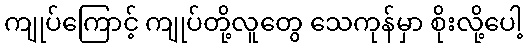
ကျုပ်ကြောင့် ကျုပ်တို့လူတွေ သေကုန်မှာ စိုးလို့ပေါ့